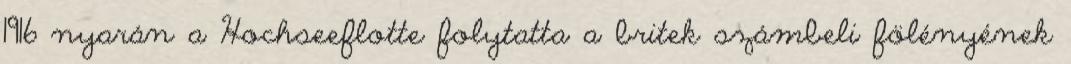
1916 nyarán a Hochseeflotte folytatta a britek számbeli fölényének